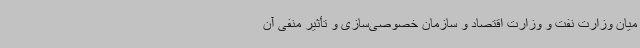
میان وزارت نفت و وزارت اقتصاد و سازمان خصوصی‌سازی و تأثیر منفی آن